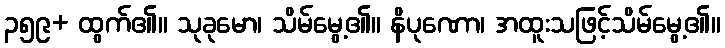
၃၅၉+ ထွက်၏။ သုခုမော၊ သိမ်မွေ့၏။ နိပုဏော၊ အထူးသဖြင့်သိမ်မွေ့၏။